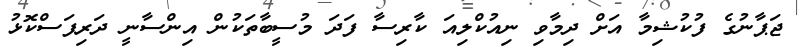
ޖަޕާނުގެ ފުކުޝިމާ އަށް ދިމާވި ނިއުކްލިއަ ކާރިސާ ފަދަ މުސީބާތަކުން އިންސާނީ ދަރިފަސްކޮޅު